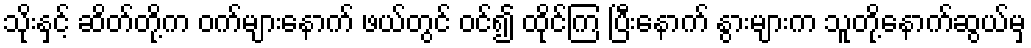
သိုးနှင့် ဆိတ်တို့က ဝက်များနောက် ဖယ်တွင် ဝင်၍ ထိုင်ကြ ပြီးနောက် နွားများက သူတို့နောက်ဆွယ်မှ